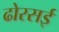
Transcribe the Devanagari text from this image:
ढोरसई